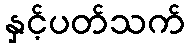
နှင့်ပတ်သက်